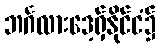
ဘင်္ဂလားဒေ့ရှ်နိုင်ငံ၌